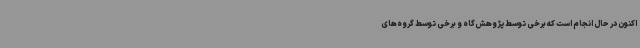
اکنون در حال انجام است که برخی توسط پژوهش‌گاه و برخی توسط گروه‌های